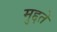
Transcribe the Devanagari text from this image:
मुद्दते